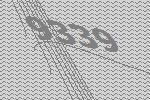
9339